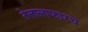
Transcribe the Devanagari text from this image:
तेलालाफारच